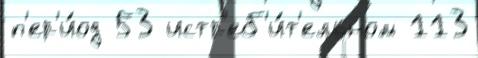
п'ер'и́од 53 истр'еб'и́т'ельном 113